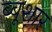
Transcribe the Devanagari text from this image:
ब्बूशार